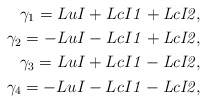
\begin{align*} \small \gamma_1 = LuI+LcI\it{1}+LcI2,\\ \gamma_2 = -LuI-LcI\it{1}+LcI2,\\ \gamma_3 = LuI+LcI\it{1}-LcI2,\\ \gamma_4 = -LuI-LcI\it{1}-LcI2,\end{align*}